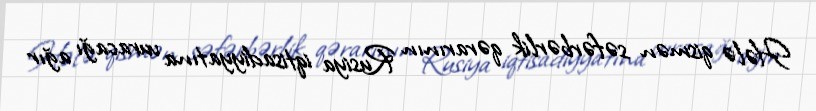
Hələ qismən səfərbərlik qərarının Rusiya iqtisadiyyatına vuracağı ağır